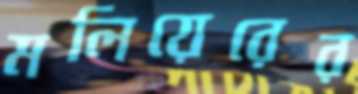
মলিয়েরের